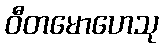
ဝီတမောဟေသု